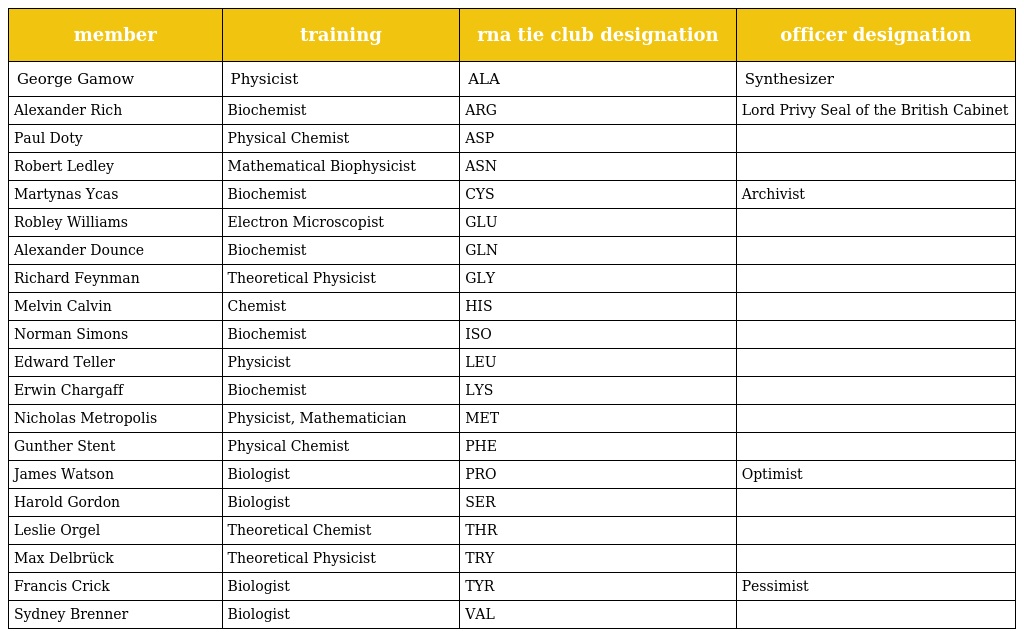
| member | training | rna tie club designation | officer designation |
 | --- | --- | --- | --- |
 | George Gamow | Physicist | ALA | Synthesizer |
 | Alexander Rich | Biochemist | ARG | Lord Privy Seal of the British Cabinet |
 | Paul Doty | Physical Chemist | ASP |  |
 | Robert Ledley | Mathematical Biophysicist | ASN |  |
 | Martynas Ycas | Biochemist | CYS | Archivist |
 | Robley Williams | Electron Microscopist | GLU |  |
 | Alexander Dounce | Biochemist | GLN |  |
 | Richard Feynman | Theoretical Physicist | GLY |  |
 | Melvin Calvin | Chemist | HIS |  |
 | Norman Simons | Biochemist | ISO |  |
 | Edward Teller | Physicist | LEU |  |
 | Erwin Chargaff | Biochemist | LYS |  |
 | Nicholas Metropolis | Physicist, Mathematician | MET |  |
 | Gunther Stent | Physical Chemist | PHE |  |
 | James Watson | Biologist | PRO | Optimist |
 | Harold Gordon | Biologist | SER |  |
 | Leslie Orgel | Theoretical Chemist | THR |  |
 | Max Delbrück | Theoretical Physicist | TRY |  |
 | Francis Crick | Biologist | TYR | Pessimist |
 | Sydney Brenner | Biologist | VAL |  |